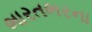
ભારતભરના